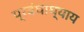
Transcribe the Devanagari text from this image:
प्रबंधाध्याय